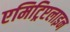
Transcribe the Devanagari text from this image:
एमिट्रिप्टलाइन